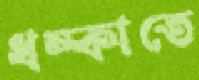
ধম্‌কাতে